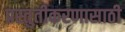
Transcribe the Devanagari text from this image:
प्रस्तुतीकरणासाठी